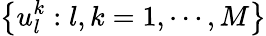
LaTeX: \left\{ u_{l}^{k}:l,k=1,\cdots,M\right\}